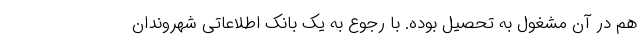
هم در آن مشغول به تحصیل بوده. با رجوع به یک بانک اطلاعاتی شهروندان